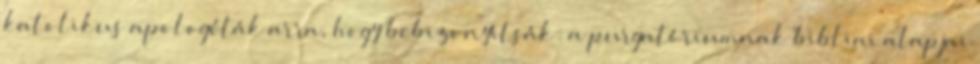
katolikus apologéták arra, hogy bebizonyítsák: a purgatóriumnak bibliai alapjai